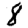
Digit: 8